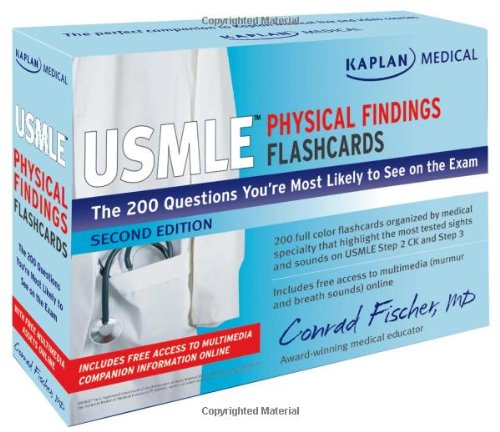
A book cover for Kaplan Medical USMLE Physical Findings Flashcards: The 200 Questions YouÃ¢(TM)re Most Likely to See on the Exam; Conrad Fischer MD; Test Preparation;